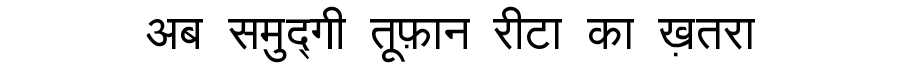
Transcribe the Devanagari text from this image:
अब समुद्गी तूफ़ान रीटा का ख़तरा